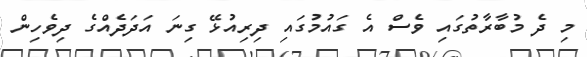
މި ދެ މުބާރާތުގައި ވެސް އެ ގައުމުގައި ދިރިއުޅޭ ގިނަ އަދަދެއްގެ ދިވެހިން